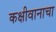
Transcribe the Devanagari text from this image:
कक्षीवानाचा